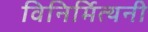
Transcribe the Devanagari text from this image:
विनिर्मित्यनी